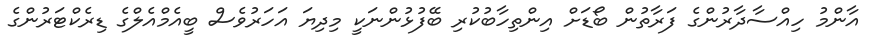
އާންމު ހިއްސާދާރުންގެ ފަރާތުން ބޯޑަށް އިންތިހާބުކުރި ބޭފުޅުންނަކީ މިދިޔަ އަހަރުވެސް ބީއެމްއެލްގެ ޑިރެކްޓަރުންގެ